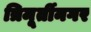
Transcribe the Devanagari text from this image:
त्रिमूर्तीनगर